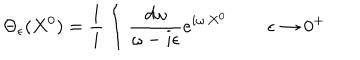
LaTeX: \Theta _ { \epsilon } ( X ^ { 0 } ) = \frac { 1 } { i } \int \frac { d \omega } { \omega - i \epsilon } e ^ { i \omega \, X ^ { 0 } } \, \qquad \epsilon \to 0 ^ { + }